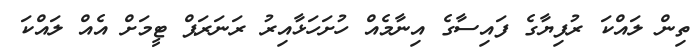
ތިން ލައްކަ ރުފިޔާގެ ފައިސާގެ އިނާމެއް ހުށަހަޅާއިރު ރަނަރަޕް ޓީމަށް އެއް ލައްކަ